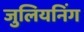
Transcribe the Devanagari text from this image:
जुलियनिंग